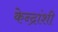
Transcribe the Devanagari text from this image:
केन्द्रांशी